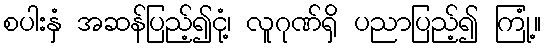
စပါးနှံ အဆန်ပြည့်၍ငုံ့၊ လူဂုဏ်ရှိ ပညာပြည့်၍ ကြုံ့။